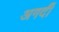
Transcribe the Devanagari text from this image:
अगदीं